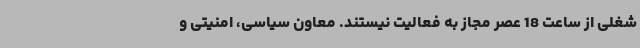
شغلی از ساعت 18 عصر مجاز به فعالیت نیستند. معاون سیاسی، امنیتی و